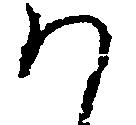
ハ